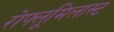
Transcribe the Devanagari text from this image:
रोफ्लूमिलास्ट